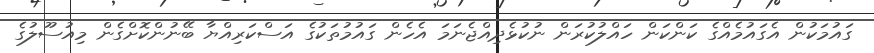
ގައުމަކުން އެގައުމެއްގެ ކަންކަން ހައްލުކުރަން ނުކުޅެދިއްޖެނަމަ އެހެން ގައުމުތަކުގެ އަސްކަރިއްޔާ ބޭނުންކޮށްގެން މިއުސޫލުގެ